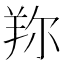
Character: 𦍴